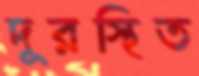
দূরস্থিত